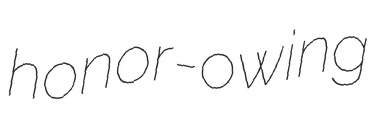
honor-owing